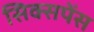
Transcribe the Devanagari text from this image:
सिक्सपेंस